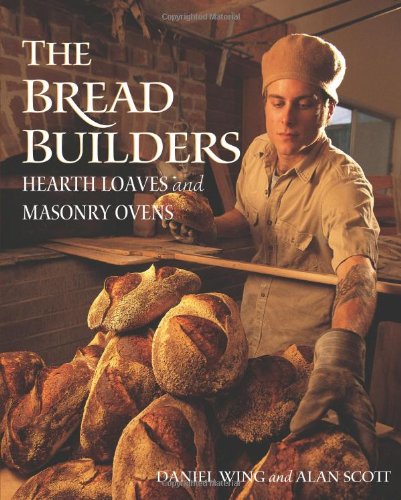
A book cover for The Bread Builders: Hearth Loaves and Masonry Ovens; Daniel Wing; Cookbooks, Food & Wine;